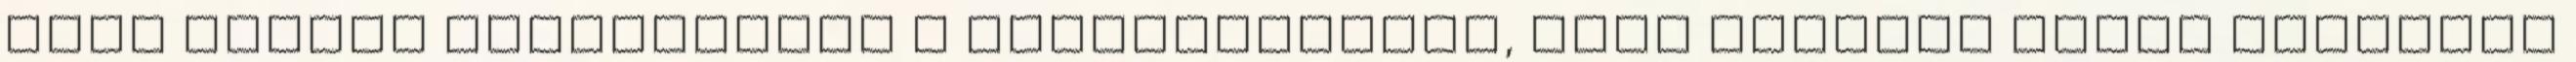
bőre sokkal érzékenyebb a felnőttekénél, több mérgező anyag szívódik